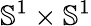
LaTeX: {\mathbb S}^{1}\times{\mathbb S}^{1}